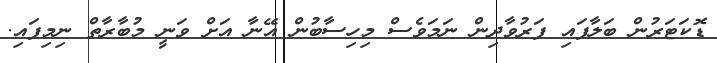
ޑޮކަޓަރުން ބަލާފައި ފަރުވާދިން ނަމަވެސް މިހިސާބުން އޭނާ އަށް ވަނީ މުބާރާތް ނިމިފައި.